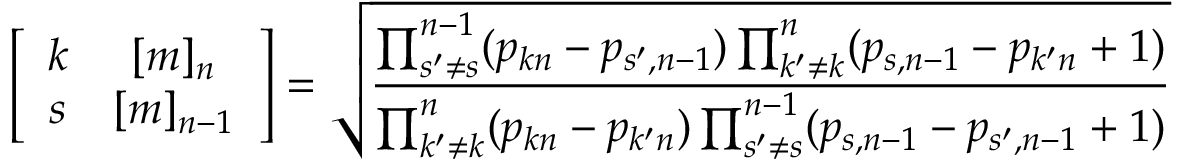
\left[ \begin{array} { c c } { { k } } & { { [ m ] _ { n } } } \\ { { s } } & { { [ m ] _ { n - 1 } } } \end{array} \right] = \sqrt { \frac { \prod _ { s ^ { \prime } \neq s } ^ { n - 1 } ( p _ { k n } - p _ { s ^ { \prime } , n - 1 } ) \prod _ { k ^ { \prime } \neq k } ^ { n } ( p _ { s , n - 1 } - p _ { k ^ { \prime } n } + 1 ) } { \prod _ { k ^ { \prime } \neq k } ^ { n } ( p _ { k n } - p _ { k ^ { \prime } n } ) \prod _ { s ^ { \prime } \neq s } ^ { n - 1 } ( p _ { s , n - 1 } - p _ { s ^ { \prime } , n - 1 } + 1 ) } }